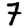
Digit: 7